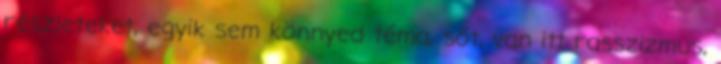
részleteket, egyik sem könnyed téma, sőt, van itt rasszizmus,